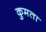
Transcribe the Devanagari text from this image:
कुमता